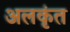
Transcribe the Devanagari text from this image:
अलकृंत